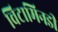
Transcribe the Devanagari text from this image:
विटामिनडी